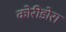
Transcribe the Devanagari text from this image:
कोरीडोरा